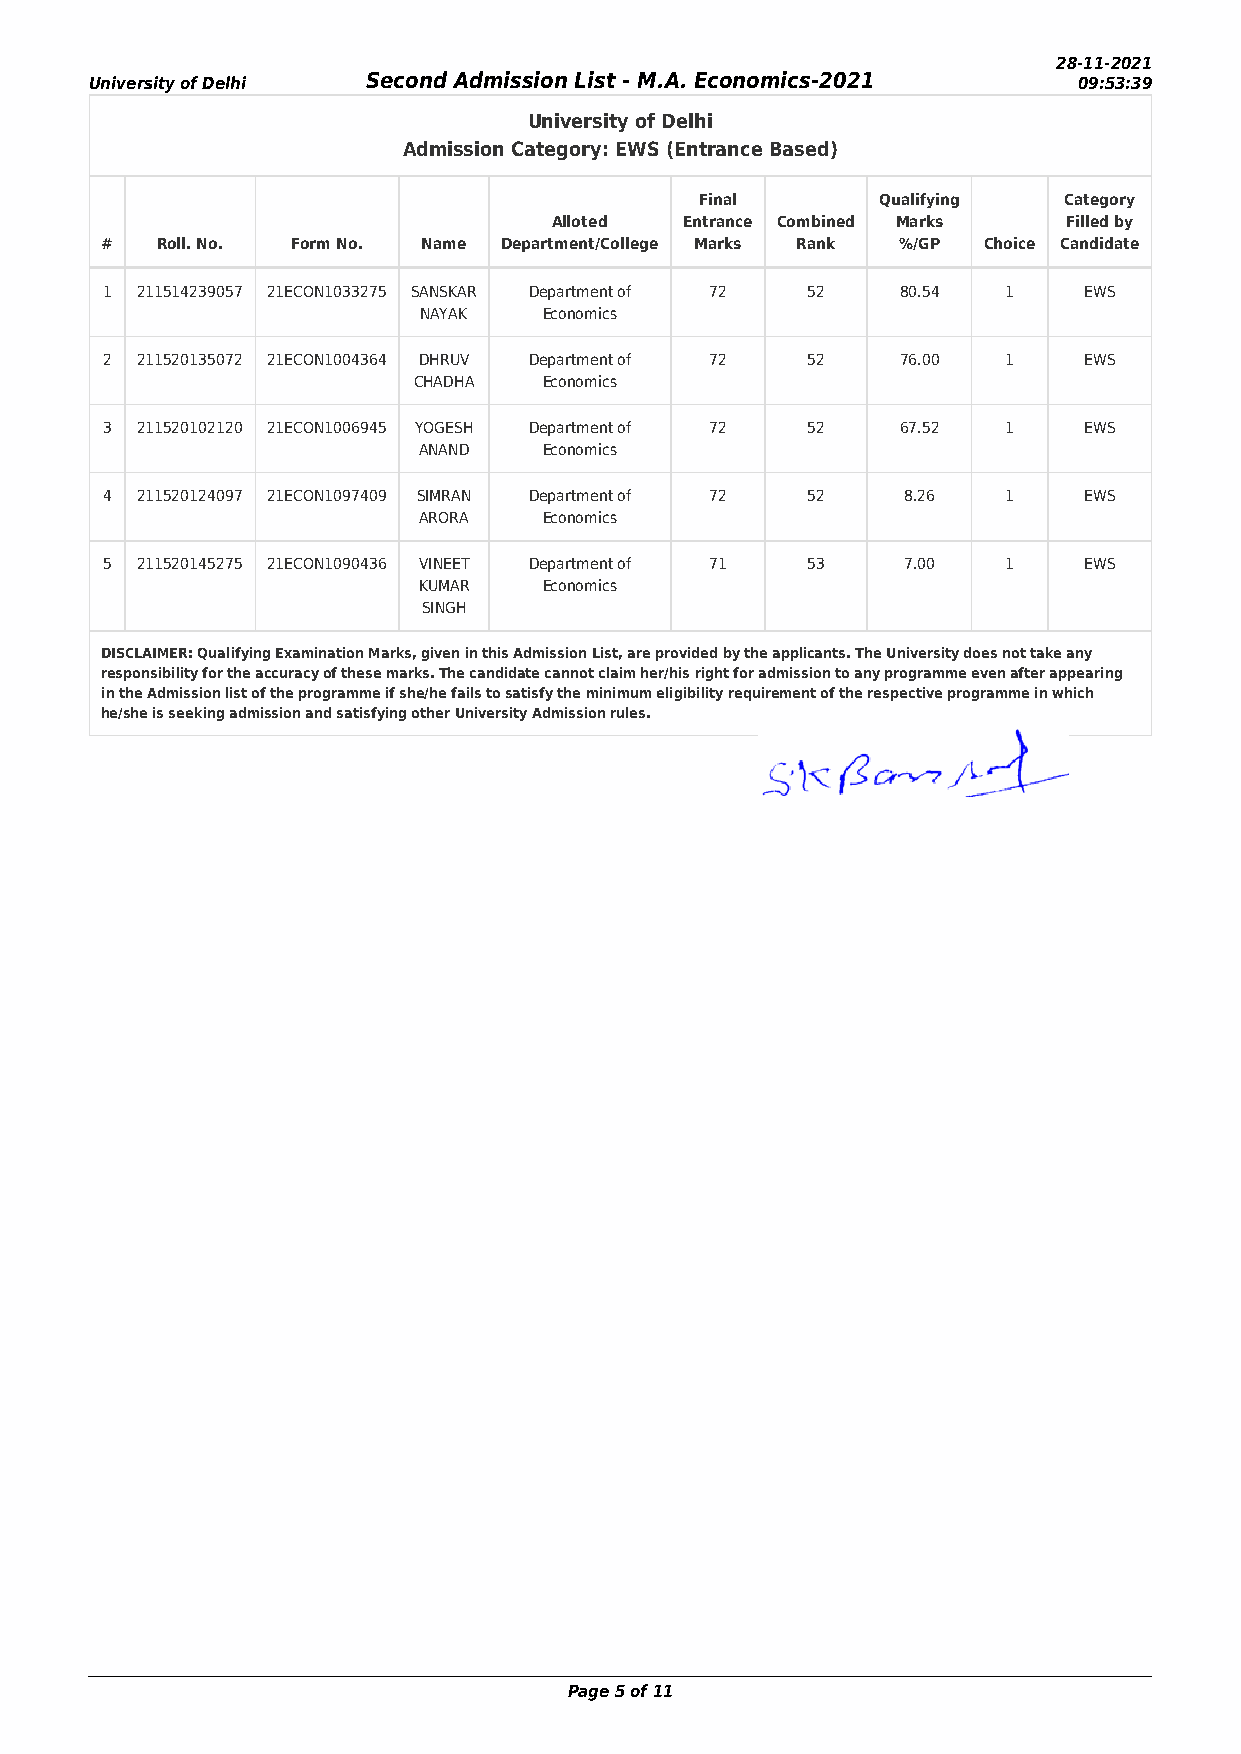
28-11-2021
 University of Delhi Second Admission List - M.A. Economics-2021  09:53:39
 University of Delhi
 Admission Category: EWS (Entrance Based)
 Final       Qualifying  Category
 Alloted Entrance Combined Marks   Filled by
 #  Roll. No. Form No. Name Department/College Marks Rank %/GP Choice Candidate
 1 211514239057 21ECON1033275 SANSKAR Department of 72 52 80.54 1 EWS
 NAYAK   Economics
 2 211520135072 21ECON1004364 DHRUV Department of 72 52 76.00 1   EWS
 CHADHA   Economics
 3 211520102120 21ECON1006945 YOGESH Department of 72 52 67.52 1  EWS
 ANAND   Economics
 4 211520124097 21ECON1097409 SIMRAN Department of 72 52 8.26 1   EWS
 ARORA   Economics
 5 211520145275 21ECON1090436 VINEET Department of 71 53 7.00 1   EWS
 KUMAR   Economics
 SINGH
 DISCLAIMER: Qualifying Examination Marks, given in this Admission List, are provided by the applicants. The University does not take any
 responsibility for the accuracy of these marks. The candidate cannot claim her/his right for admission to any programme even after appearing
 in the Admission list of the programme if she/he fails to satisfy the minimum eligibility requirement of the respective programme in which
 he/she is seeking admission and satisfying other University Admission rules.
 Page 5 of 11